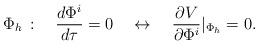
\begin{align*}\Phi_h \, : \quad \frac{d\Phi^i}{ d \tau}=0 \quad\leftrightarrow \quad \frac{\partial V}{\partial \Phi^i}|_{\Phi_h}=0 . \end{align*}